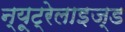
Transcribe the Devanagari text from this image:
न्यूट्रेलाइज्ड